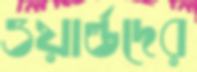
ওয়ার্ল্ডদের